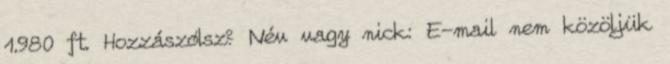
1.980 ft. Hozzászólsz? Név vagy nick: E-mail nem közöljük